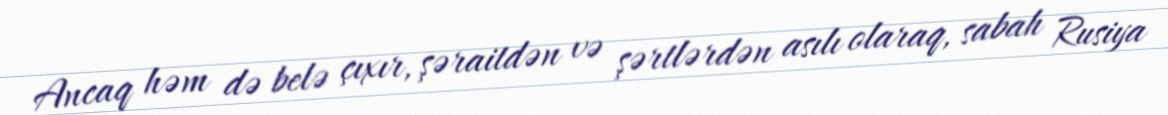
Ancaq həm də belə çıxır, şəraitdən və şərtlərdən asılı olaraq, sabah Rusiya